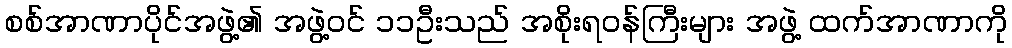
စစ်အာဏာပိုင်အဖွဲ့၏ အဖွဲ့ဝင် ၁၁ဦးသည် အစိုးရဝန်ကြီးများ အဖွဲ့ ထက်အာဏာကို